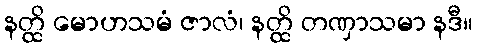
နတ္ထိ မောဟသမံ ဇာလံ၊ နတ္ထိ တဏှာသမာ နဒီ။